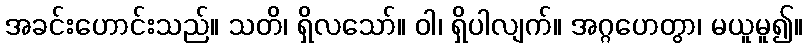
အခင်းဟောင်းသည်။ သတိ၊ ရှိလသော်။ ဝါ၊ ရှိပါလျက်။ အဂ္ဂဟေတွာ၊ မယူမူ၍။